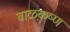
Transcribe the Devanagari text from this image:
बाळक़ॄष्‍ण